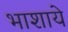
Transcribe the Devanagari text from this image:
भाशाये